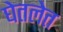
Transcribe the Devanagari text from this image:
घेतलेत